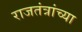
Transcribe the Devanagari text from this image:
राजतंत्रांच्या